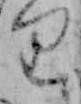
り